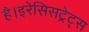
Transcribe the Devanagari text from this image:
है।इरेसिसट्रेट्स